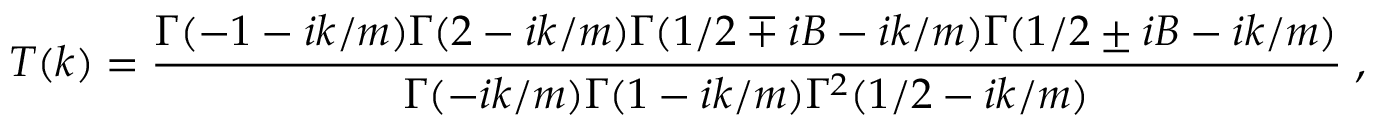
T ( k ) = \frac { \Gamma ( - 1 - i k / m ) \Gamma ( 2 - i k / m ) \Gamma ( 1 / 2 \mp i B - i k / m ) \Gamma ( 1 / 2 \pm i B - i k / m ) } { \Gamma ( - i k / m ) \Gamma ( 1 - i k / m ) \Gamma ^ { 2 } ( 1 / 2 - i k / m ) } \; ,